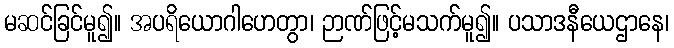
မဆင်ခြင်မူ၍။ အပရိယောဂါဟေတွာ၊ ဉာဏ်ဖြင့်မသက်မူ၍။ ပသာဒနီယေဌာနေ၊